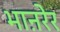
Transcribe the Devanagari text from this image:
भाऩरेर